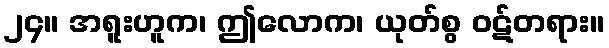
၂၄။ အရူးဟူက၊ ဤလောက၊ ယုတ်စွ ဝဋ်တရား။